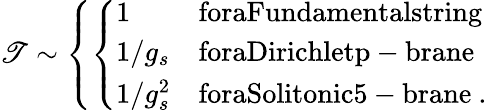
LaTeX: \mathscr{T}\sim\left\{ \left\{ \begin{array}{ll}{{1}}&{{\mathrm{foraFundamentalstring}}}\\ {{1/g_{s}}}&{{\mathrm{foraDirichletp-brane}}}\\ {{1/g_{s}^{2}}}&{{\mathrm{foraSolitonic5-brane}\ .}}\end{array}\right.\right.